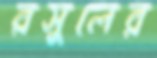
রসুলের